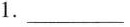
1.___